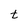
Character: t